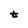
Character: t